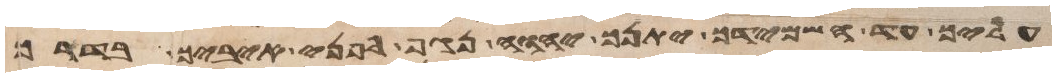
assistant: עליך עד השמידך יתנך יהוה נגף לפני איביך בדרך